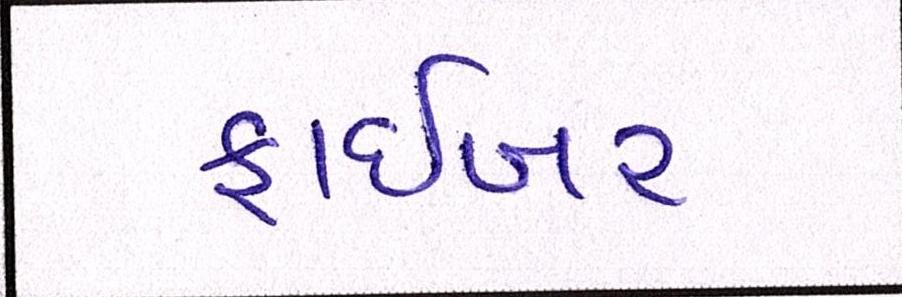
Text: ફાઇબર